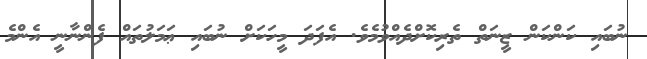
ނުބައި ކަންކަން ޒީނަތް ތެރިކޮށްދެއްވުމެވެ. އެފަދަ މީހަކަށް ނުބައި ޢަމަލުތައް ފެންނާނީ އެންމެ